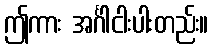
ဤကား အင်္ဂါငါးပါးတည်း။